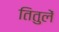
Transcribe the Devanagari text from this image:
तितुलें